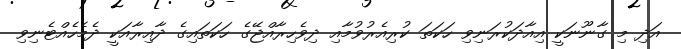
އަދި މި ގާނޫނަކީ އިއާދަކުރަނިވި ހަކަތަ ކުރިއެރުވުމާއި ދިވެހިރާއްޖޭގެ ހަކަތައިގެ ދާއިރާއަކީ ދެމެހެއްޓެނިވި